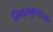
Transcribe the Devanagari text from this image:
रिभासकुलाइज़ार